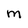
Character: M